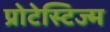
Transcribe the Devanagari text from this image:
प्रोटेस्टिज्म